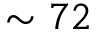
\sim 7 2